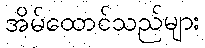
အိမ်ထောင်သည်များ